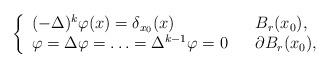
LaTeX: \begin{align*} \left\{\begin{array}{lll} (-\Delta)^{k}\varphi(x) = \delta_{x_0}(x) & & B_{r}(x_0), \\ \varphi = \Delta \varphi = \ldots = \Delta^{k-1}\varphi = 0 & & \partial B_{r}(x_0), \end{array}\right.\end{align*}